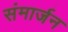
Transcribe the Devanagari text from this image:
संमार्जन